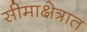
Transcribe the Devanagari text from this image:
सीमाक्षेत्रात